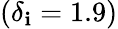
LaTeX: (\delta_{\mathbf{i}}=1.9)